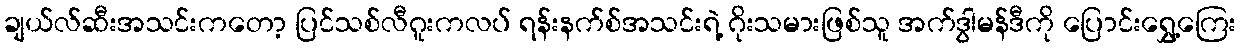
ချယ်လ်ဆီးအသင်းကတော့ ပြင်သစ်လီဂူးကလပ် ရန်းနက်စ်အသင်းရဲ့ ဂိုးသမားဖြစ်သူ အက်ဒွါမန်ဒီကို ပြောင်းရွှေ့ကြေး